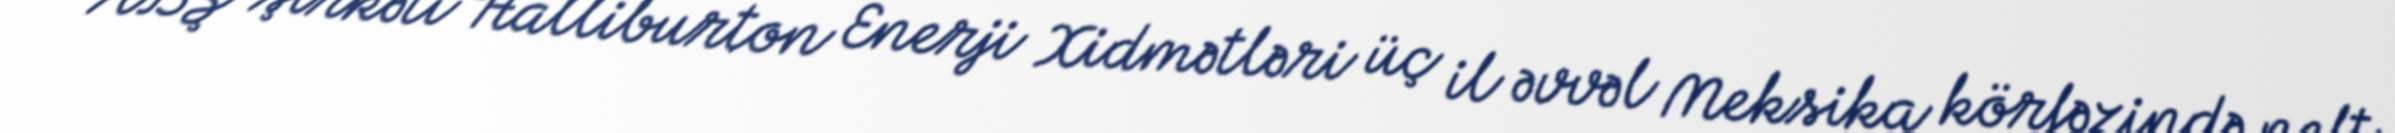
ABŞ şirkəti Halliburton Enerji Xidmətləri üç il əvvəl Meksika körfəzində neft